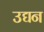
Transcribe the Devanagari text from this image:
उद्यन